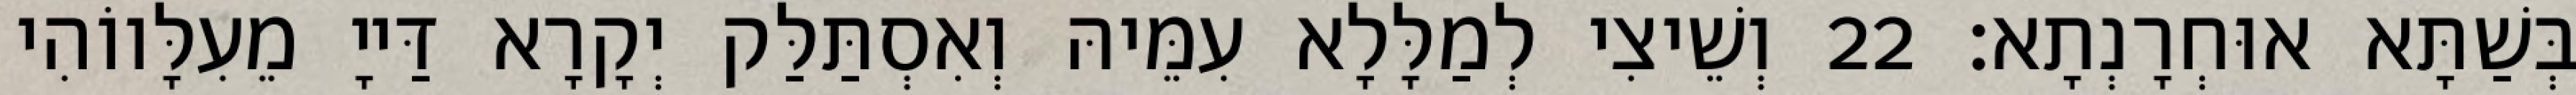
בְּשַׁתָּא אוּחְרָנְתָא׃ 22 וְשֵׁיצִי לְמַלָּלָא עִמֵּיהּ וְאִסְתַּלַּק יְקָרָא דַּייָ מֵעִלָּווֹהִי